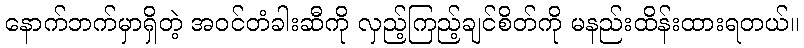
နောက်ဘက်မှာရှိတဲ့ အဝင်တံခါးဆီကို လှည့်ကြည့်ချင်စိတ်ကို မနည်းထိန်းထားရတယ်။